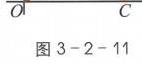
图3 - 2 - 11
\begin{tikzpicture}
\draw (0,0) node[left] {$O$} -- (3,0) node[right] {$C$};
\draw (0,0) circle (0.1);
\end{tikzpicture}